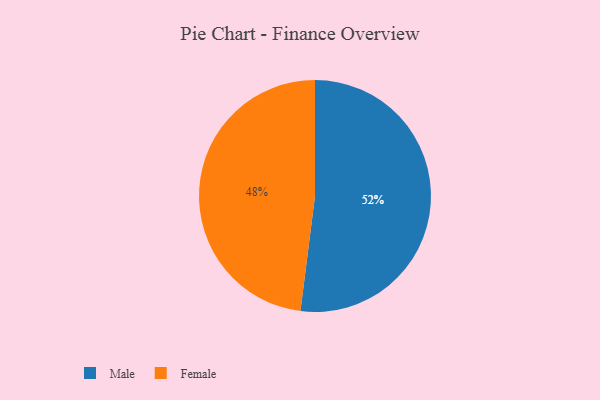
{"axis": {"x": "Category", "y": "Percentage"}, "legend": ["Female", "Male"], "data": [{"x": "Male", "y": 52, "type": "Male"}, {"x": "Female", "y": 48, "type": "Female"}]}